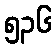
၅၃၆